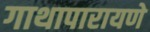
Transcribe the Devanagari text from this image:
गाथापारायणे